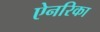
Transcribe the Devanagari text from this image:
ऐनरिका